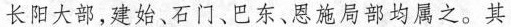
长阳大部，建始、石门、巴东、恩施局部均属之。其